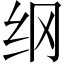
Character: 纲